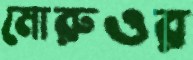
মোরুওর